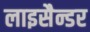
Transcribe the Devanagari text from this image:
लाइसैन्डर